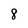
Character: 8